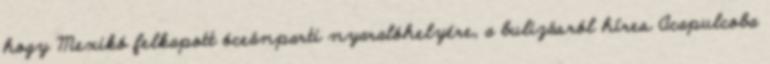
hogy Mexikó felkapott óceánparti nyaralóhelyére, a bulizásról híres Acapulcoba